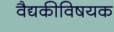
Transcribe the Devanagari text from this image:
वैद्यकीविषयक